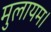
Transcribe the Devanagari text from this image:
मुलायम।